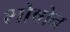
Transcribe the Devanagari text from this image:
शोषोन